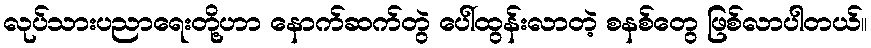
လုပ်သားပညာရေးတို့ဟာ နောက်ဆက်တွဲ ပေါ်ထွန်းလာတဲ့ စနစ်တွေ ဖြစ်လာပါတယ်။